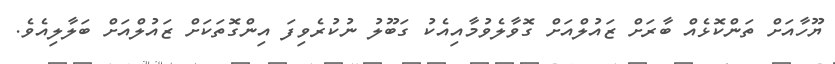
ޔޫހާއަށް ތަންކޮޅެއް ބާރަށް ޒައުލްއަށް ގޮވާލެވުމާއިއެކު ގަބޫލު ނުކުރެވިފަ އިންގޮތަކަށް ޒައުލްއަށް ބަލާލިއެވެ.